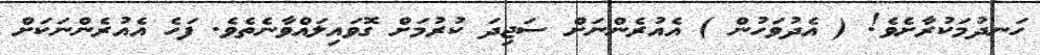
ހަނދުމަކުރާށެވެ! ( އެދުވަހުން ) އެއުރެންނަށް ސަޖިދަ ކުރުމަށް ގޮވައިލައްވާނެތެވެ. ފަހެ އެއުރެންނަކަށް